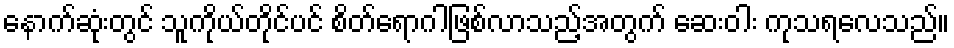
နောက်ဆုံးတွင် သူကိုယ်တိုင်ပင် စိတ်ရောဂါဖြစ်လာသည့်အတွက် ဆေးဝါး ကုသရလေသည်။